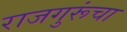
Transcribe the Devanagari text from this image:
राजगुरूंचा